Document type: Grant
Year: 1232
Scribe: Berenguer de Clos
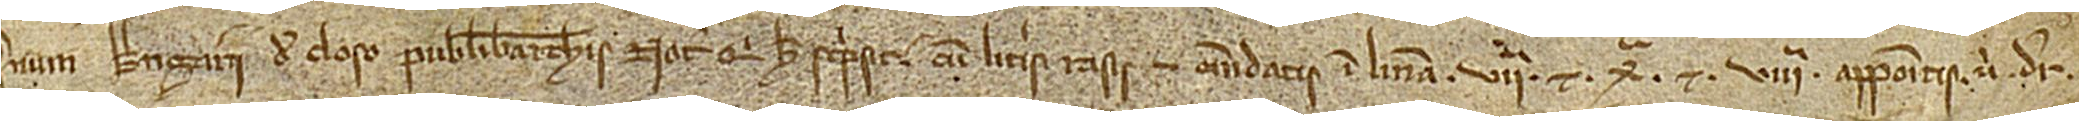
num Berengarii de Closo, publici Barchinonensis notarii, qui hec scripsit cum literis rasis et emendatis in linea VIIª et Xª, et VIIIª appositis, ubi dicitur